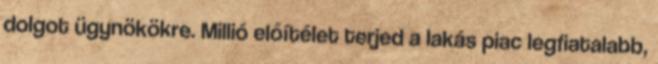
dolgot ügynökökre. Millió előítélet terjed a lakás piac legfiatalabb,